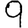
Digit: 9